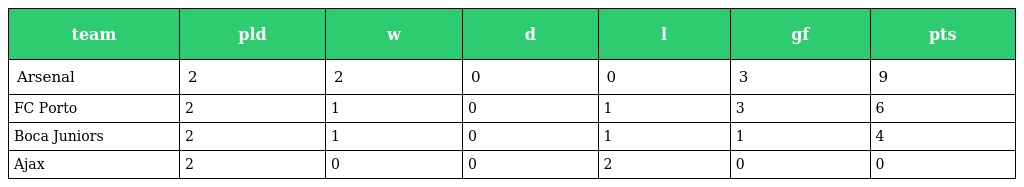
| team | pld | w | d | l | gf | pts |
 | --- | --- | --- | --- | --- | --- | --- |
 | Arsenal | 2 | 2 | 0 | 0 | 3 | 9 |
 | FC Porto | 2 | 1 | 0 | 1 | 3 | 6 |
 | Boca Juniors | 2 | 1 | 0 | 1 | 1 | 4 |
 | Ajax | 2 | 0 | 0 | 2 | 0 | 0 |